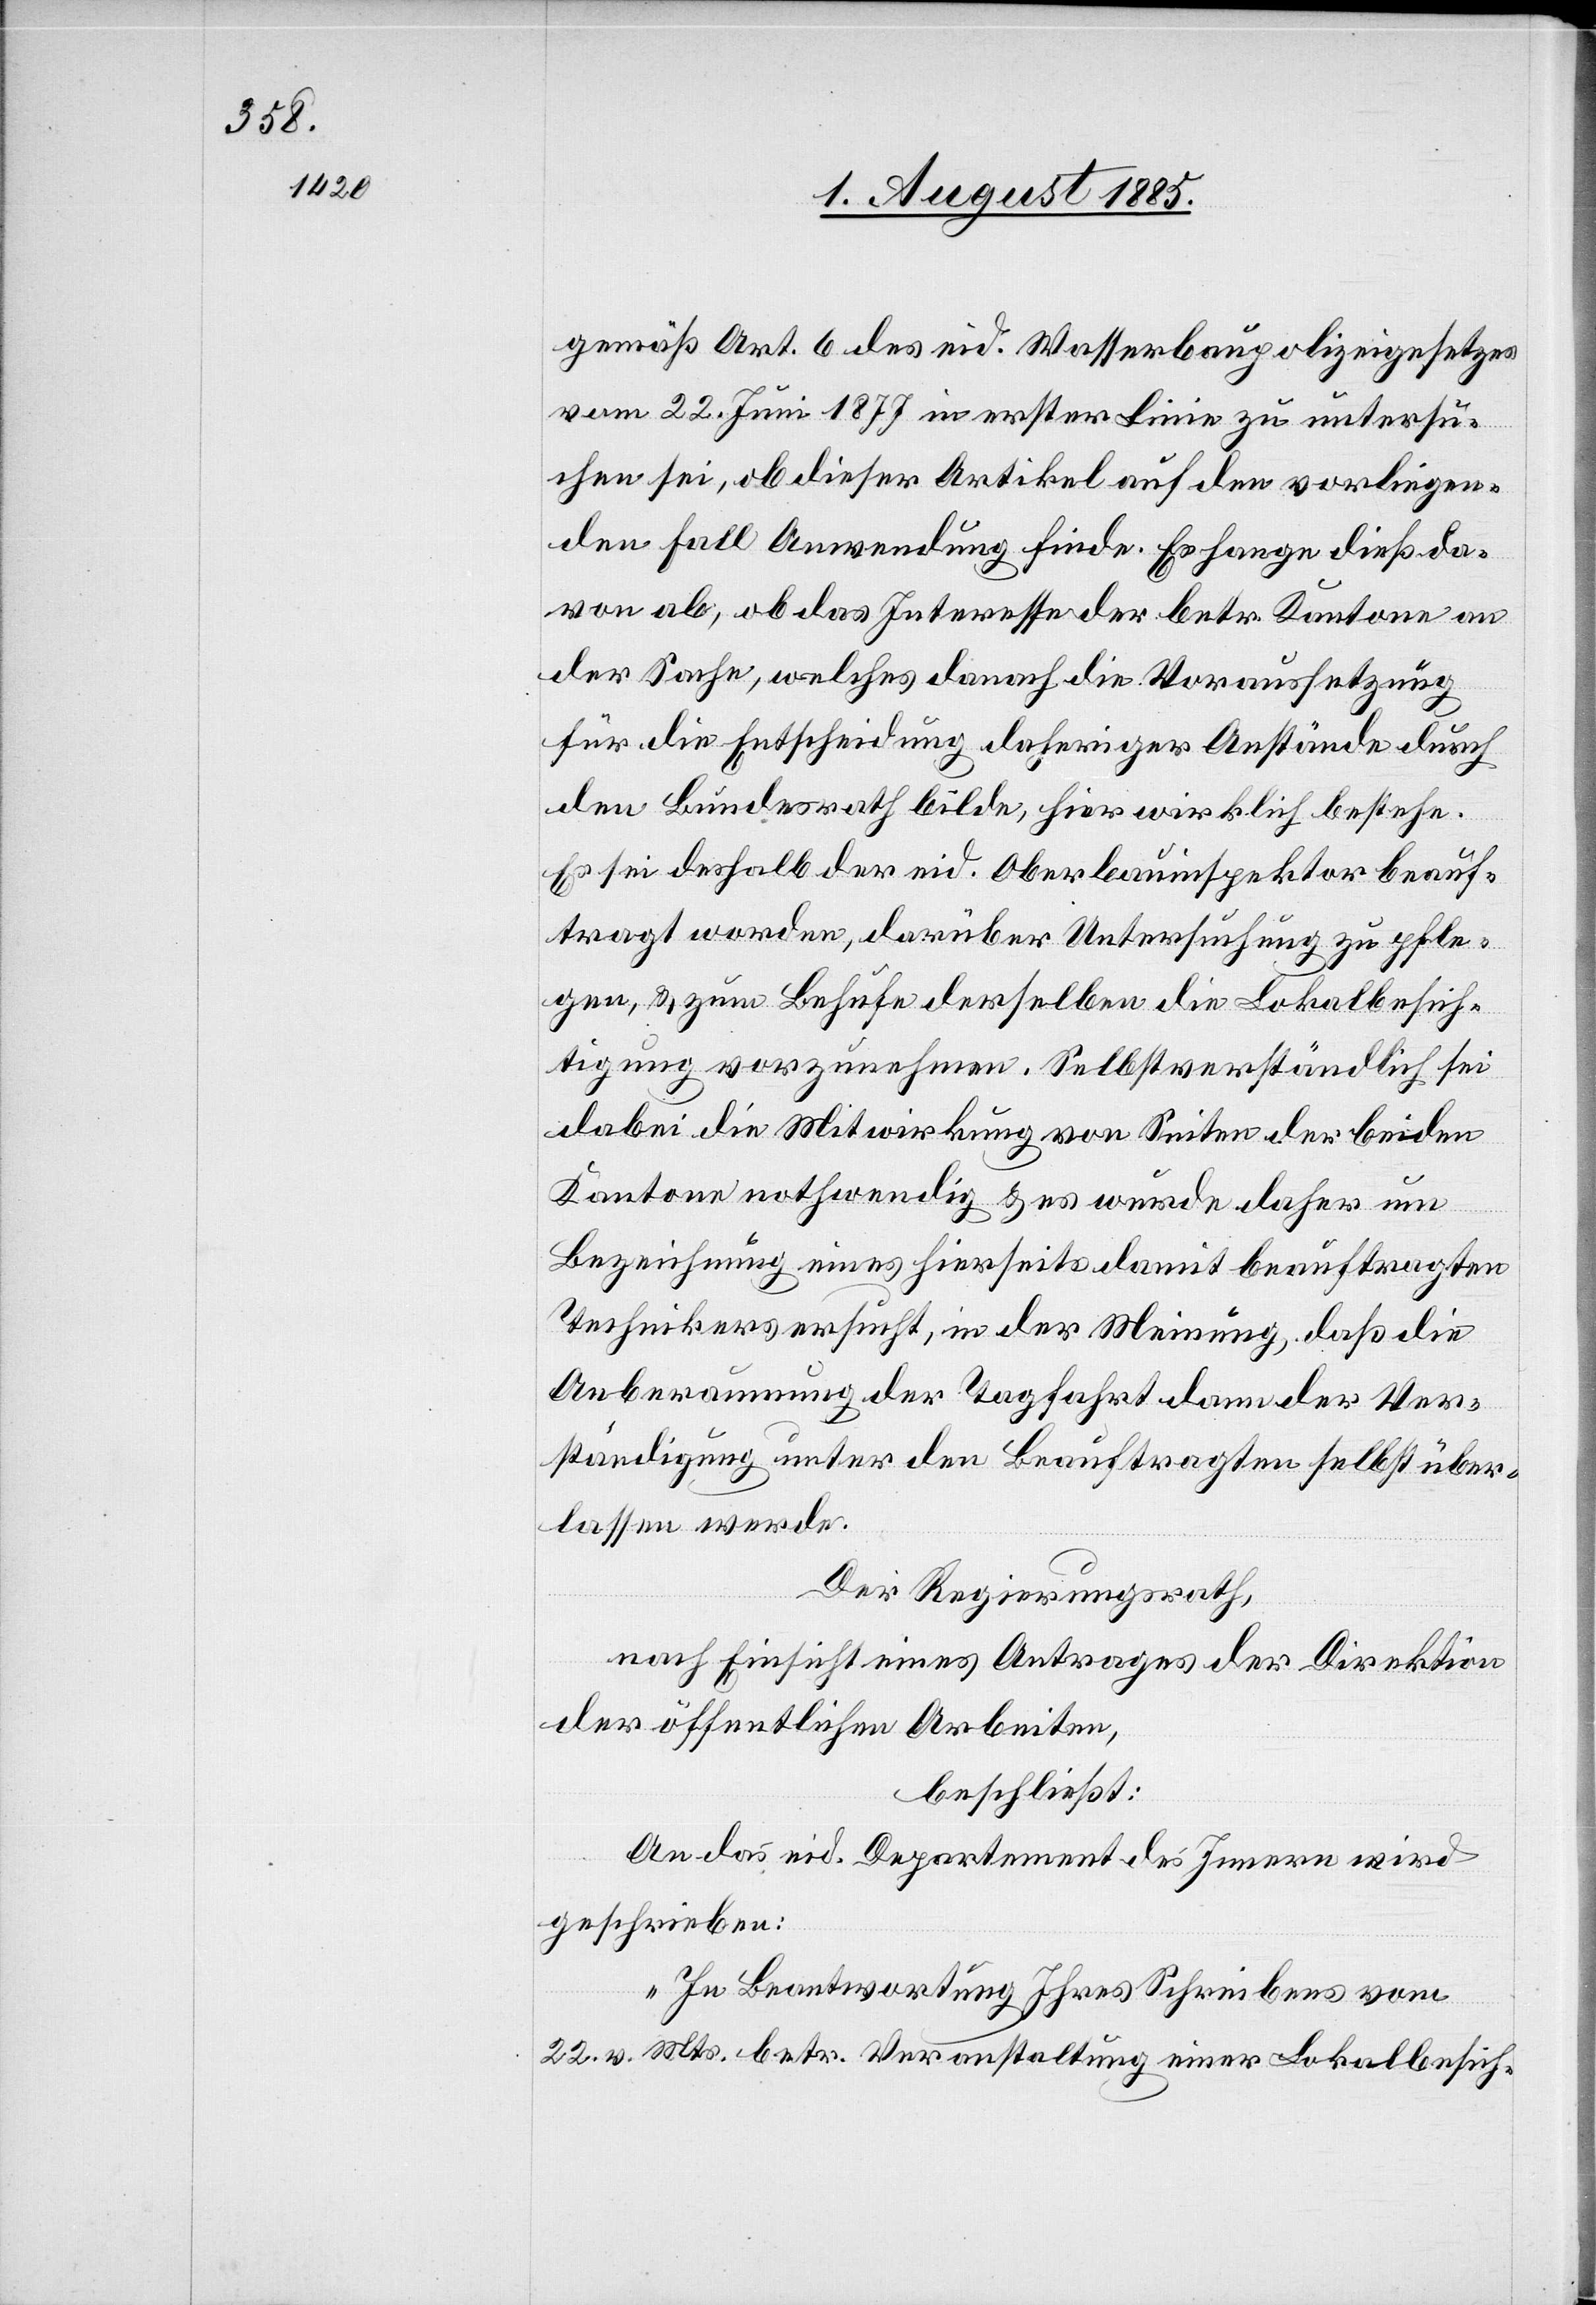
gemäß Art. 6 des eid. Wasserbaupolizeigesetzes
vom 22. Juni 1877 in erster Linie zu untersu¬
chen sei, ob dieser Artikel auf den vorliegen¬
den Fall Anwendung finde. Es hange dieß da¬
von ab, ob das Interesse der betr. Kantone an
der Sache, welches danach die Voraussetzung
für die Entscheidung daheriger Anstände durch
den Bundesrath bilde, hier wirklich bestehe.
Es sei deshalb der eid. Oberbauinspektor beauf¬
tragt worden, darüber Untersuchung zu pfle¬
gen, & zum Behufe derselben die Lokalbesich¬
tigung vorzunehmen. Selbstverständlich sei
dabei die Mitwirkung von Seiten der beiden
Kantone nothwendig & es wurde daher um
Bezeichnung eines hierseits damit beauftragten
Technikers ersucht, in der Meinung, daß die
Anberaumung der Tagfahrt dann der Ver¬
ständigung unter den Beauftragten selbst über¬
lassen werde.
Der Regierungsrath,
nach Einsicht eines Antrages der Direktion
der öffentlichen Arbeiten,
beschließt:
An das eid. Departement des Innern wird
geschrieben:
„In Beantwortung Ihres Schreibens vom
22. v. Mts. betr. Veranstaltung einer Lokalbesich-